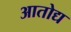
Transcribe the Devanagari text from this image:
आतोद्य